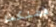
فضلكما